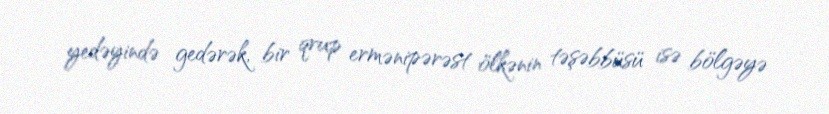
yedəyində gedərək, bir qrup ermənipərəst ölkənin təşəbbüsü isə bölgəyə